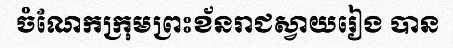
ចំណែកក្រុមព្រះខ័នរាជស្វាយរៀង បាន